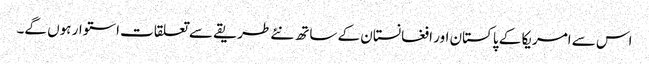
اس سے امریکا کے پاکستان اور افغانستان کے ساتھ نئے طریقے سے تعلقات استوار ہوں گے۔